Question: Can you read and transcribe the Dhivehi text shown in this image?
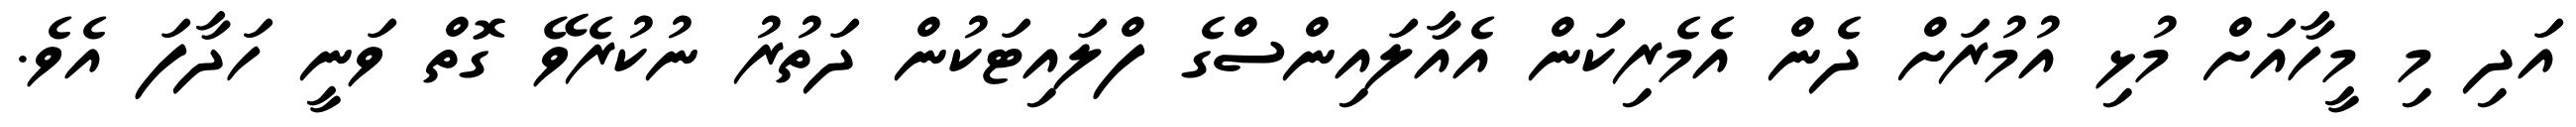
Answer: އަދި މި މީހާއަށް މުޅި އުމުރަށް ދެން އެމެރިކަން އެއާލައިންސްގެ ފްލައިޓަކުން ދަތުރު ނުކުރެވޭ ގޮތް ވަނީ ހަދާފަ އެވެ.